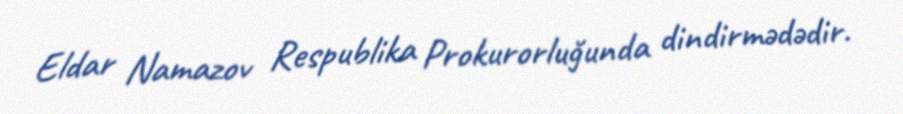
Eldar Namazov Respublika Prokurorluğunda dindirmədədir.